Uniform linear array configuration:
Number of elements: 32
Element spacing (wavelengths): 0.5
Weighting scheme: blackman
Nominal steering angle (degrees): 60
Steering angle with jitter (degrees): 58.0
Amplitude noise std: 0.05
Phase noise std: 0.05

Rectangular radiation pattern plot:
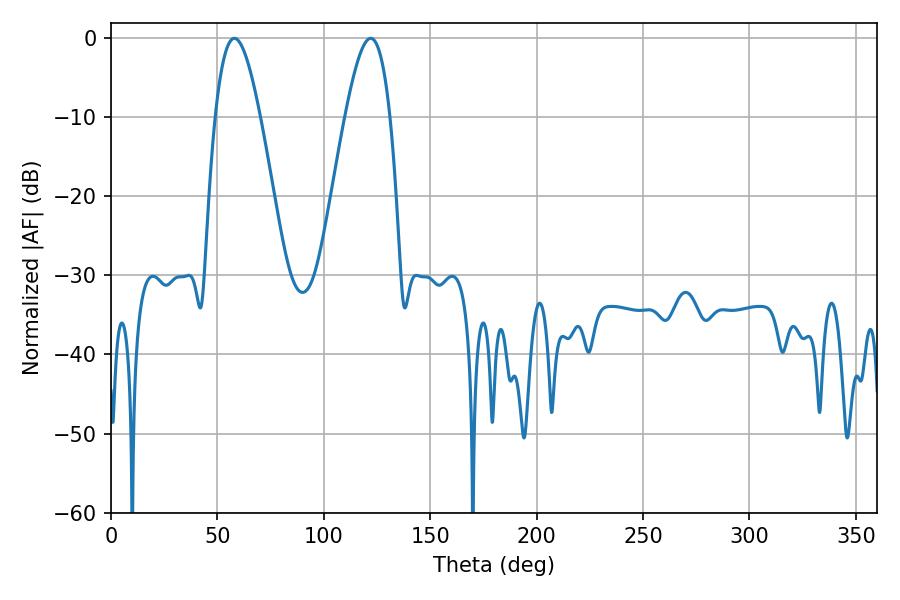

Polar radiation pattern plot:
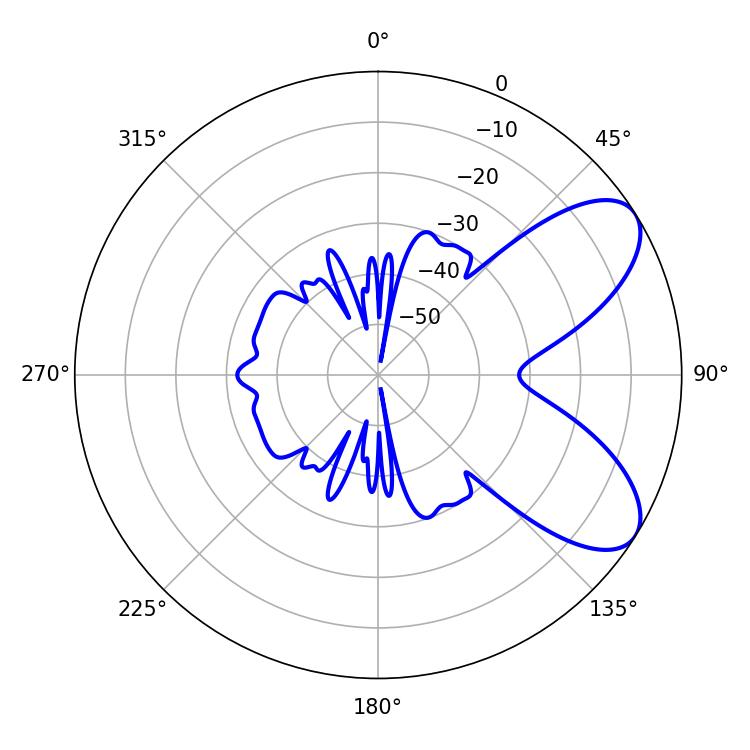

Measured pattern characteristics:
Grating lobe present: FALSE
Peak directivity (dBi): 7.33
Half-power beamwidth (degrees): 11.34
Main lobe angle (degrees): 57.96